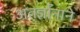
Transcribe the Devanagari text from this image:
अंतर्ज्ञानाने